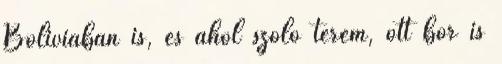
Bolíviában is, és ahol szőlő terem, ott bor is